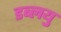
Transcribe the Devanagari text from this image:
डब्लयु